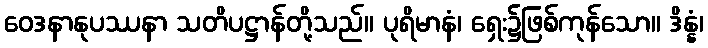
ဝေဒနာနုပဿနာ သတိပဋ္ဌာန်တို့သည်။ ပုရိမာနံ၊ ရှေး၌ဖြစ်ကုန်သော။ ဒိန္နံ၊